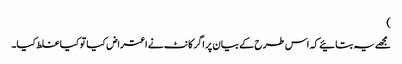
)
مجھے یہ بتائیے کہ اس طرح کے بیان پر اگر کانٹ نے اعتراض کیا تو کیا غلط کیا۔